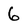
Character: 6